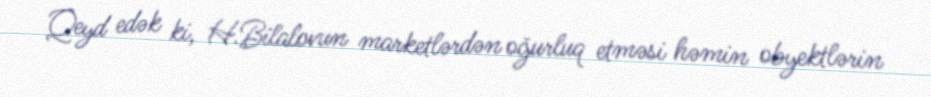
Qeyd edək ki, H.Bilalovun marketlərdən oğurluq etməsi həmin obyektlərin